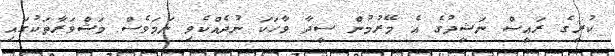
ކުރީގެ ރައީސް ނަޝީދުގެ އެ މޭރުމުން ސީދާ ވާހަކަ ނުދެއްކެވި ނަމަވެސް މަޝްވަރާތަކުގައި